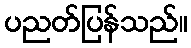
ပညတ်ပြန်သည်။